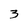
Character: 3